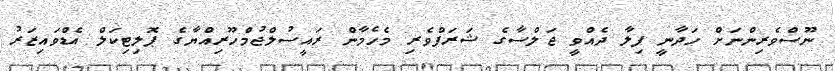
ނޫސްވެރިންނަށް ހަދާނީ ފިލާ ދެއްވީ ޖަލްސާގެ ޝަރަފްވެރި މެހެމާން ރައީސުލްޖުމްހޫރިއްޔާގެ ޕޮލިޓިކަލް އެޑްވައިޒަރު